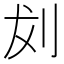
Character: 𪟁